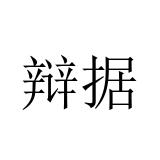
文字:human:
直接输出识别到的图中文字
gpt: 辩据